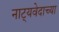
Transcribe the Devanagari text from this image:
नाट्यवेदाच्या